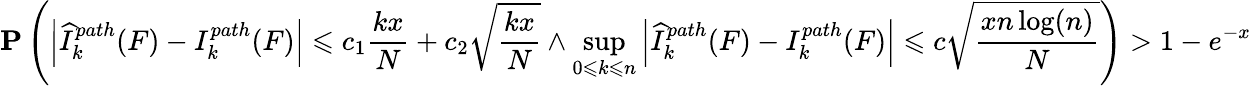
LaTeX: \mathbf{P}\left(\left|{\widehat{I}}_{k}^{path}(F)-I_{k}^{path}(F)\right|\leqslant c_{1}{\frac{kx}{N}}+c_{2}{\sqrt{\frac{kx}{N}}}\land\operatorname*{sup}_{0\leqslant k\leqslant n}\left|{\widehat{I}}_{k}^{path}(F)-I_{k}^{path}(F)\right|\leqslant c{\sqrt{\frac{xn\log(n)}{N}}}\right)>1-e^{-x}